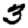
Digit: 3